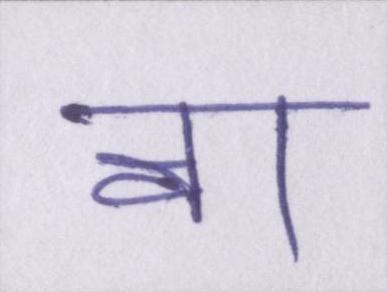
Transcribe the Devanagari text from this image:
वा